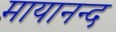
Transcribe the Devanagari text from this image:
मायानन्द